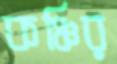
কঞ্চির